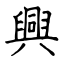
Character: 興